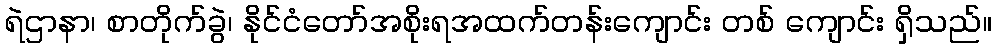
ရဲဌာနာ၊ စာတိုက်ခွဲ၊ နိုင်ငံတော်အစိုးရအထက်တန်းကျောင်း တစ် ကျောင်း ရှိသည်။